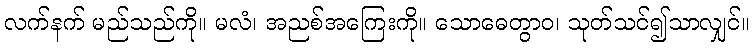
လက်နက် မည်သည်ကို။ မလံ၊ အညစ်အကြေးကို။ သောဓေတွာဝ၊ သုတ်သင်၍သာလျှင်။